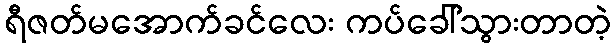
ရီဇတ်မအောက်ခင်လေး ကပ်ခေါ်သွားတာတဲ့